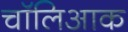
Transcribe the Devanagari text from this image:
चॉलिआक